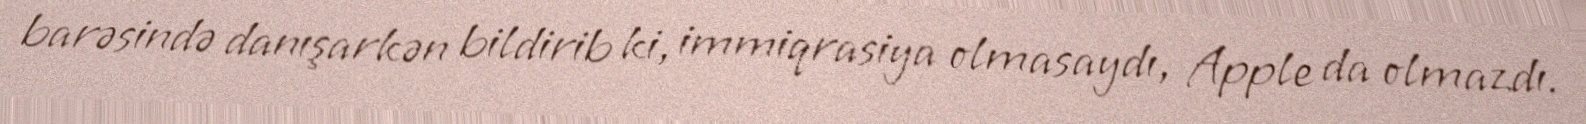
barəsində danışarkən bildirib ki, immiqrasiya olmasaydı, Apple da olmazdı.